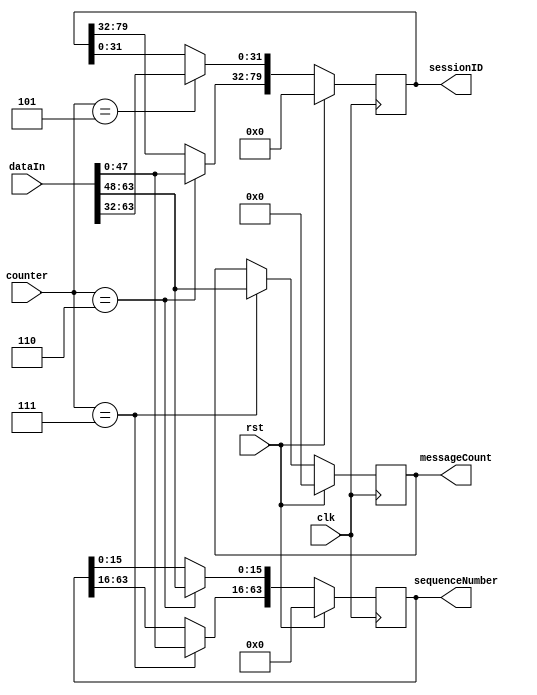
module moldUDP64Decoder (
    input clk, rst,
    input [63:0] dataIn,
    input [6:0] counter,
    output reg [79:0] sessionID,
    output reg [63:0] sequenceNumber,
    output reg [15:0] messageCount
);

reg [79:0] sessionIDNext;
reg [63:0] sequenceNumberNext;
reg [15:0] messageCountNext;

always @(posedge clk) begin
    sessionID <= sessionIDNext;
    sequenceNumber <= sequenceNumberNext;
    messageCount <= messageCountNext;
end

always @* begin
    sessionIDNext = sessionID;
    sequenceNumberNext = sequenceNumber;
    messageCountNext = messageCount;
    if (rst) begin
        sessionIDNext = 80'h0;
        sequenceNumberNext = 64'h0;
        messageCountNext = 16'h0;
    end else begin
        case (counter)
            5: begin
                sessionIDNext[31:0] = dataIn[63:32];
            end
            6: begin
                sessionIDNext[79:32] = dataIn[47:0];
                sequenceNumberNext[15:0] = dataIn[63:48];
					 //sequenceNumberNext = dataIn >> 48;
            end
            7: begin
                sequenceNumberNext[63:16] = dataIn[47:0];
					 //sequenceNumberNext = (dataIn << 15);
                messageCountNext = dataIn[63:48];
					 //messageCountNext = dataIn >> 48;
            end
        endcase
    end
end
    
endmodule